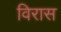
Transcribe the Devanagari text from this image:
विरास